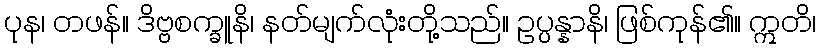
ပုန၊ တဖန်။ ဒိဗ္ဗစက္ခူနိ၊ နတ်မျက်လုံးတို့သည်။ ဥပ္ပန္နာနိ၊ ဖြစ်ကုန်၏။ ဣတိ၊